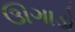
ઊગાડો